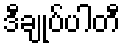
ဒီချုပ်ပါတီ